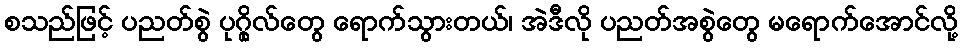
စသည်ဖြင့် ပညတ်စွဲ ပုဂ္ဂိုလ်တွေ ရောက်သွားတယ်၊ အဲဒီလို ပညတ်အစွဲတွေ မရောက်အောင်လို့